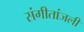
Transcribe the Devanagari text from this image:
संगीतांजली